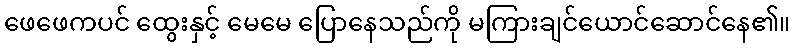
ဖေဖေကပင် ထွေးနှင့် မေမေ ပြောနေသည်ကို မကြားချင်ယောင်ဆောင်နေ၏။